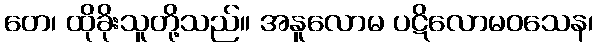
တေ၊ ထိုခိုးသူတို့သည်။ အနူလောမ ပဋိလောမဝသေန၊